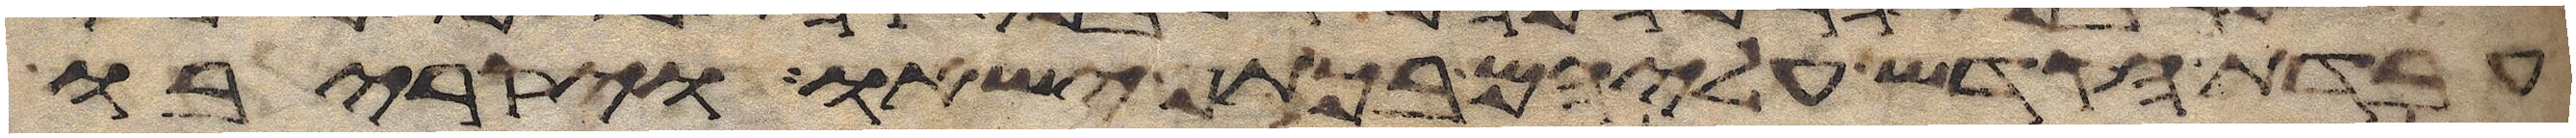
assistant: עבדת הקדש עליהם בכתף ישאו ויקריבו